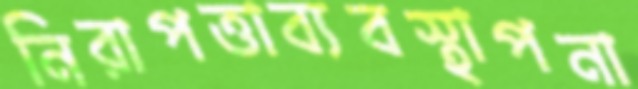
নিরাপত্তাব্যবস্থাপনা